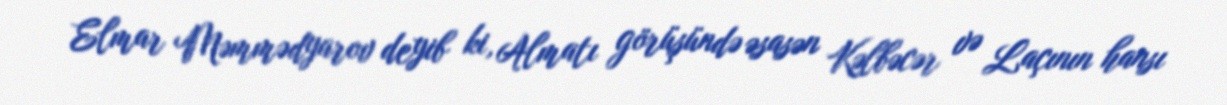
Elmar Məmmədyarov deyib ki, Almatı görüşündə əsasən Kəlbəcər və Laçının hansı